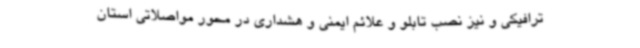
ترافیکی و نیز نصب تابلو و علائم ایمنی و هشداری در محور مواصلاتی استان